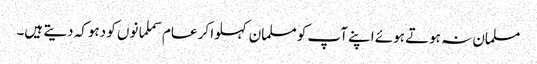
مسلمان نہ ہوتے ہوئے اپنے آپ کو مسلمان کہلوا کر عام سملمانوں کو دہوکہ دیتے ہیں۔